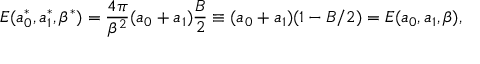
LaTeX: E ( a _ { 0 } ^ { * } , a _ { 1 } ^ { * } , \beta ^ { * } ) = \frac { 4 \pi } { \beta ^ { 2 } } ( a _ { 0 } + a _ { 1 } ) \frac { B } { 2 } \equiv ( a _ { 0 } + a _ { 1 } ) ( 1 - B / 2 ) = E ( a _ { 0 } , a _ { 1 } , \beta ) ,